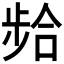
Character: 𫫈